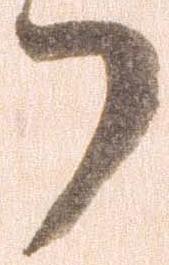
了